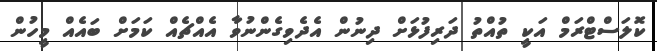
ކޮލަސްޓްރަމް އަކީ ތުއްތު ދަރިފުޅަށް ދިނުން އެދެވިގެންނުވާ އެއްޗެއް ކަމަށް ބައެއް މީހުން